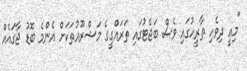
"މިއީ ދިވެހި ތާރީހުގައި ވެސް ބަޖެޓުގައި ތަރައްގީގެ މަޝްރޫއުތަކަށް އެންމެ ބޮޑު ޖާގައެއް